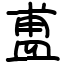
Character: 盙